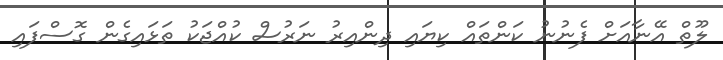
ލޫތް އޭނާއަށް ފެނުނު ކަންތައް ކިޔައި ދިންއިރު ނަރުސް ކުއްޖަކު ތަޅައިގެން ގޮސްފައި